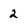
Character: 2